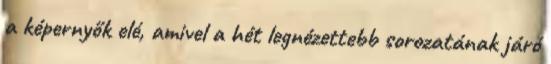
a képernyők elé, amivel a hét legnézettebb sorozatának járó